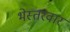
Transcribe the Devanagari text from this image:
भेस्तरवार